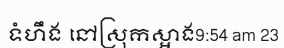
ទំហឹង នៅស្រុកស្អាង9:54 am 23